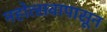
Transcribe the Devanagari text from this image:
महोत्सवापासून